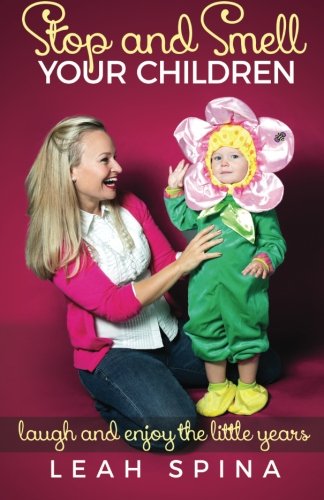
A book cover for Stop And Smell Your Children: Laugh and Enjoy the Little Years; Leah Spina; Parenting & Relationships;